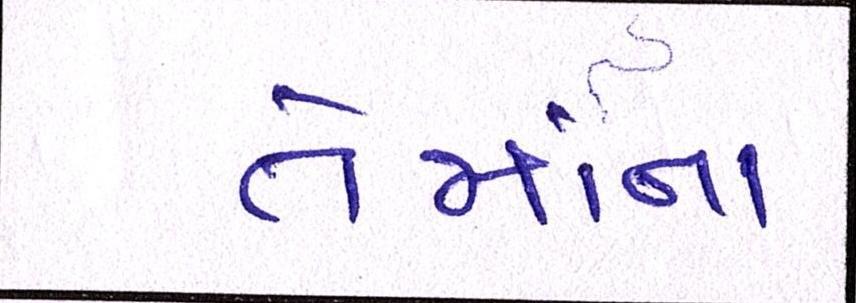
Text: તેમાંના